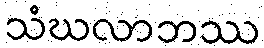
သံဃလာဘဿ